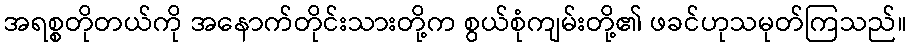
အရစ္စတိုတယ်ကို အနောက်တိုင်းသားတို့က စွယ်စုံကျမ်းတို့၏ ဖခင်ဟုသမုတ်ကြသည်။